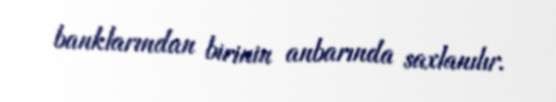
banklarından birinin anbarında saxlanılır.